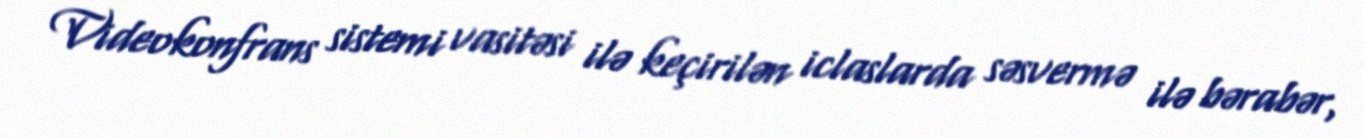
Videokonfrans sistemi vasitəsi ilə keçirilən iclaslarda səsvermə ilə bərabər,